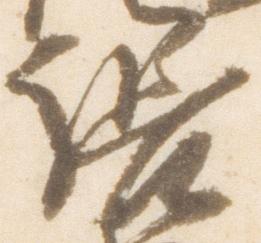
張